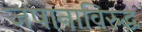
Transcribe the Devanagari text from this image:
जपानाविरुद्ध